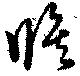
修